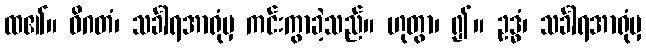
ထ၏။ ဝိဂတံ၊ သင်္ခါရအာရုံမှ ကင်းကွာခဲ့သည်။ ဟုတွာ၊ ၍။ ဥဒ္ဓံ၊ သင်္ခါရအာရုံမှ